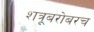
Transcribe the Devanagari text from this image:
शत्रूबरोबरच